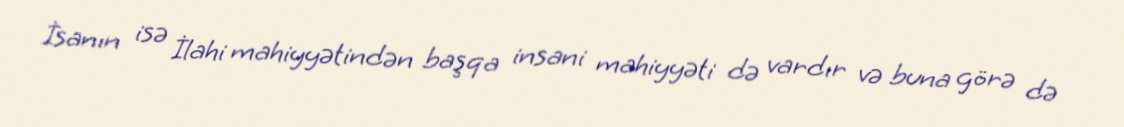
İsanın isə İlahi mahiyyətindən başqa insani mahiyyəti də vardır və buna görə də